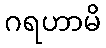
ဂရဟာမိ